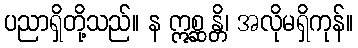
ပညာရှိတို့သည်။ န ဣစ္ဆန္တိ၊ အလိုမရှိကုန်။